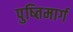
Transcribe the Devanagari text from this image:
पुष्तिमार्ग